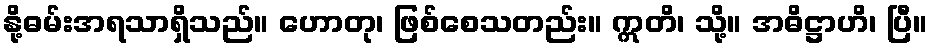
နို့ဓမ်းအရသာရှိသည်။ ဟောတု၊ ဖြစ်စေသတည်း။ ဣတိ၊ သို့။ အဓိဋ္ဌာဟိ၊ ပြီ။